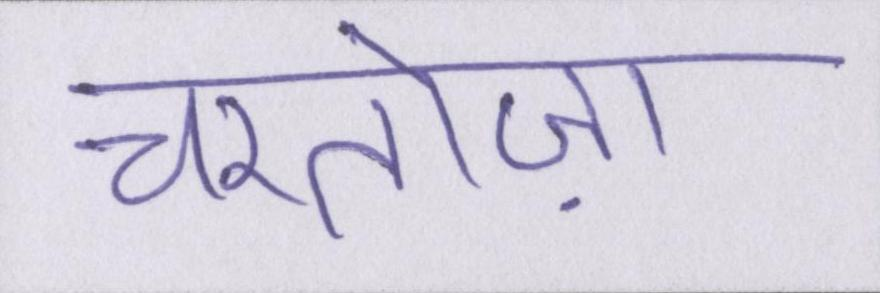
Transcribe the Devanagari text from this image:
चरतोज़ा